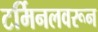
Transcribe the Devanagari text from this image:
टर्मिनलवरून